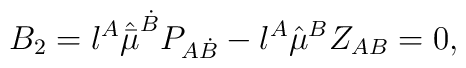
B_2 = {\l}^{A} \hat{\bar{\mu}}^{\dot{B}} P_{A\dot{B}}  - \l^A \hat{\mu}^B Z_{AB} = 0,